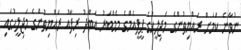
ނުވާނެ ކަމަށް ރައްޔިތުންގެ މަޖިލީހުގެ ޕީޕީއެމްގެ މެމްބަރު އަބްދު ރިފާއު ރައްޔިތުންގެ މަޖިލީހުގައި